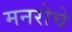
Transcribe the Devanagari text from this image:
मनरोचे